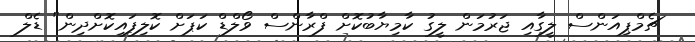
ޗެމްޕިއަންސް ލީގާއި ޖަރުމަން ލީގު ކާމިޔާބުކޮށް ފްރާންސް ވޯލްޑް ކަޕަށް ކޮލިފައިކޮށްދިން" ޑެލް